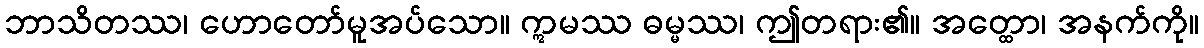
ဘာသိတဿ၊ ဟောတော်မူအပ်သော။ ဣမဿ ဓမ္မဿ၊ ဤတရား၏။ အတ္ထော၊ အနက်ကို။